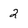
Character: 2